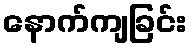
နောက်ကျခြင်း